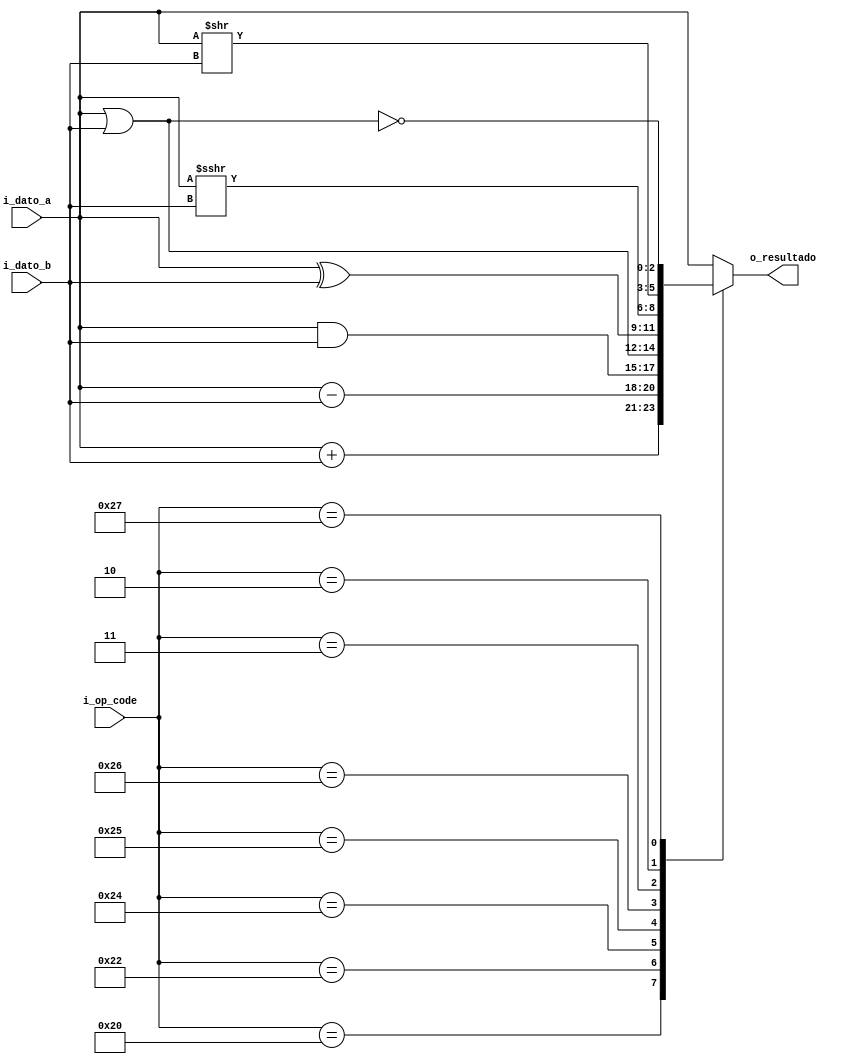
`timescale 1ns / 1ps

module alu
  #(
		parameter LEN_DATO = 3,
    	parameter LEN_OP = 6
  )
  (
    	input 	wire signed	[LEN_DATO-1:0]	i_dato_a,
    	input	wire signed	[LEN_DATO-1:0]	i_dato_b,
    	input 	wire		[LEN_OP-1:0]	i_op_code,
    	output 	wire signed	[LEN_DATO-1:0]	o_resultado
  );
  
    //Definiciones de op code
  localparam ADD = 6'b100000;
  localparam SUB = 6'b100010;
  localparam AND = 6'b100100;
  localparam OR  = 6'b100101;
  localparam XOR = 6'b100110;
  localparam SRA = 6'b000011;
  localparam SRL = 6'b000010;
  localparam NOR = 6'b100111;
 
  reg signed [LEN_DATO-1:0] res = 0;
  
  assign o_resultado = res;
  
  always @ (*)
    begin
      case (i_op_code)
        ADD : res <= i_dato_a + i_dato_b;
        SUB	: res <= i_dato_a - i_dato_b;
        AND : res <= i_dato_a & i_dato_b;
        OR	: res <= i_dato_a | i_dato_b;
        XOR	: res <= i_dato_a ^ i_dato_b;
        SRA : res <= i_dato_a >>> i_dato_b ;
        SRL : res <= i_dato_a >> i_dato_b;
        NOR : res <= ~(i_dato_a|i_dato_b);
		  default : res <= i_dato_a;
      endcase
    end  
  

endmodule